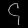
Digit: ၄